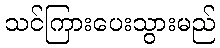
သင်ကြားပေးသွားမည်